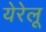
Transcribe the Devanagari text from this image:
येरेलू